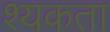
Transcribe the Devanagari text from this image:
श्यकता